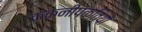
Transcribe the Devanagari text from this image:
कंकनीपंक्तियों